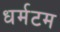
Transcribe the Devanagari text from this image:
धर्मटम